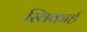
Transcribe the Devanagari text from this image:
स्विकार्ह